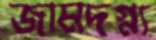
জামদগ্ন্য